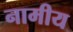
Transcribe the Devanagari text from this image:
नामीय